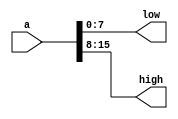
module Split_16B (
    a,
    low,
    high
);

input[15:0] a;
output[7:0] low, high;

assign high[7] = a[15];
assign high[6] = a[14];
assign high[5] = a[13];
assign high[4] = a[12];
assign high[3] = a[11];
assign high[2] = a[10];
assign high[1] = a[9];
assign high[0] = a[8];

assign low[7] = a[7];
assign low[6] = a[6];
assign low[5] = a[5];
assign low[4] = a[4];
assign low[3] = a[3];
assign low[2] = a[2];
assign low[1] = a[1];
assign low[0] = a[0];

    
endmodule